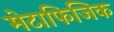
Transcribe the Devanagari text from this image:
मेटाफिजिक